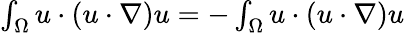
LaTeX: \begin{array}{r}{\int_{\Omega}u\cdot(u\cdot\nabla)u=-\int_{\Omega}u\cdot(u\cdot\nabla)u}\end{array}